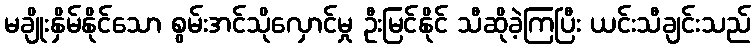
မချိုးနှိမ်နိုင်သော စွမ်းအင်သိုလှောင်မှု ဦးမြင်နိုင် သီဆိုခဲ့ကြပြီး ယင်းသီချင်းသည်